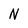
Character: N